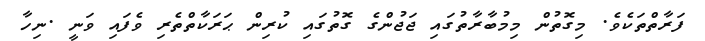
ފަރާތްތަކެވެ. މިގޮތުން މިމުބާރާތުގައި ޖަޖުންގެ ގޮތުގައި ކުރިން ޙަރަކާތްތެރި ވެފައި ވަނީ .ނިހާ